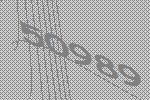
50989